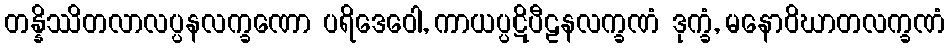
တန္နိဿိတလာလပ္ပနလက္ခဏော ပရိဒေဝေါ, ကာယပ္ပဋိပီဠနလက္ခဏံ ဒုက္ခံ, မနောဝိဃာတလက္ခဏံ